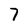
Character: 7